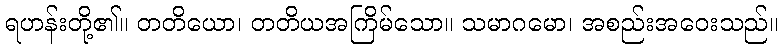
ရဟန်းတို့၏။ တတိယော၊ တတိယအကြိမ်သော။ သမာဂမော၊ အစည်းအဝေးသည်။